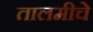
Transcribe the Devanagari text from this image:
तालमीचे